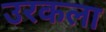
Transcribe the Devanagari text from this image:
उरकला